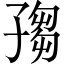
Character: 𡦅